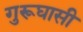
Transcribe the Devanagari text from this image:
गुरूघासी